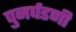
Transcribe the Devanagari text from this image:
पुनर्घडणी